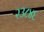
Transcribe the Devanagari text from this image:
२३८४६